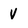
Character: V